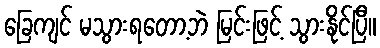
ခြေကျင် မသွားရတော့ဘဲ မြင်းဖြင့် သွားနိုင်ပြီ။